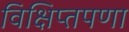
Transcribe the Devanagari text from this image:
विक्षिप्तपणा